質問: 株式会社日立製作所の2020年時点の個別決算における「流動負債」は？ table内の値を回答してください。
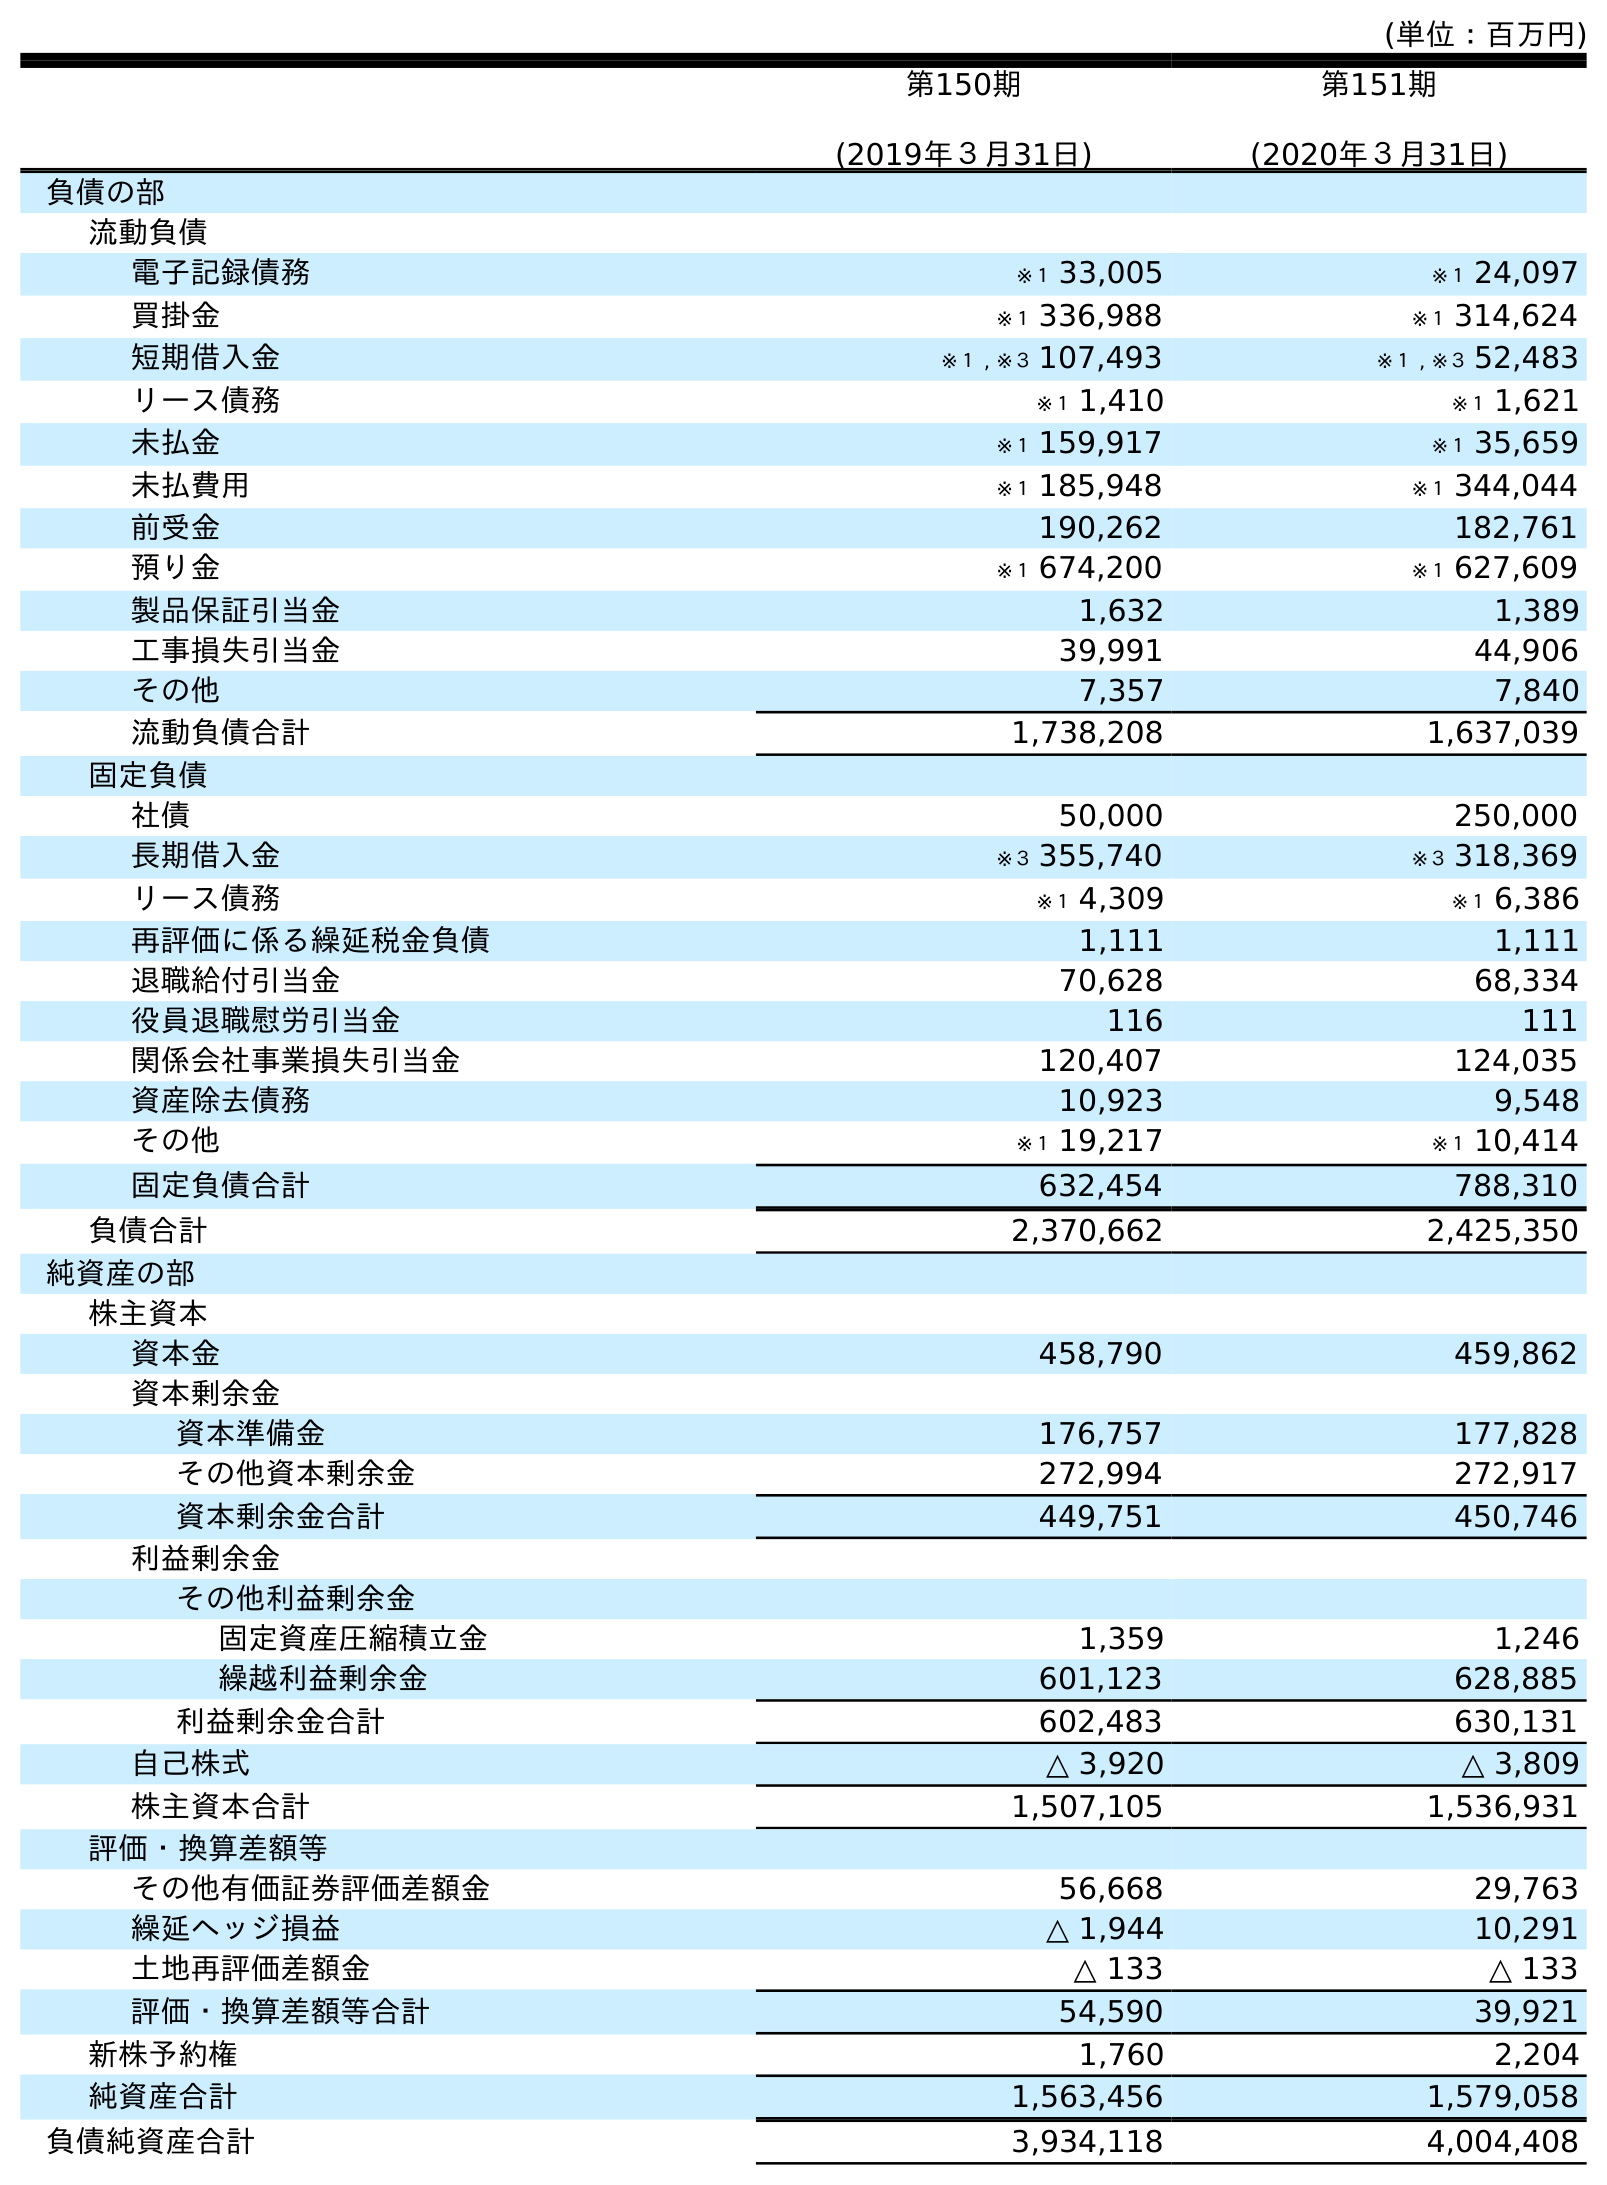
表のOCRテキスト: (単位：百万円) 第150期 (2019年３月31日) 第151期 (2020年３月31日) 負債の部 流動負債 電子記録債務 ※１ 33,005 ※１ 24,097 買掛金 ※１ 336,988 ※１ 314,624 短期借入金 ※１ , ※３ 107,493 ※１ , ※３ 52,483 リース債務 ※１ 1,410 ※１ 1,621 未払金 ※１ 159,917 ※１ 35,659 未払費用 ※１ 185,948 ※１ 344,044 前受金 190,262 182,761 預り金 ※１ 674,200 ※１ 627,609 製品保証引当金 1,632 1,389 工事損失引当金 39,991 44,906 その他 7,357 7,840 流動負債合計 1,738,208 1,637,039 固定負債 社債 50,000 250,000 長期借入金 ※３ 355,740 ※３ 318,369 リース債務 ※１ 4,309 ※１ 6,386 再評価に係る繰延税金負債 1,111 1,111 退職給付引当金 70,628 68,334 役員退職慰労引当金 116 111 関係会社事業損失引当金 120,407 124,035 資産除去債務 10,923 9,548 その他 ※１ 19,217 ※１ 10,414 固定負債合計 632,454 788,310 負債合計 2,370,662 2,425,350 純資産の部 株主資本 資本金 458,790 459,862 資本剰余金 資本準備金 176,757 177,828 その他資本剰余金 272,994 272,917 資本剰余金合計 449,751 450,746 利益剰余金 その他利益剰余金 固定資産圧縮積立金 1,359 1,246 繰越利益剰余金 601,123 628,885 利益剰余金合計 602,483 630,131 自己株式 △ 3,920 △ 3,809 株主資本合計 1,507,105 1,536,931 評価・換算差額等 その他有価証券評価差額金 56,668 29,763 繰延ヘッジ損益 △ 1,944 10,291 土地再評価差額金 △ 133 △ 133 評価・換算差額等合計 54,590 39,921 新株予約権 1,760 2,204 純資産合計 1,563,456 1,579,058 負債純資産合計 3,934,118 4,004,408
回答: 1,637,039